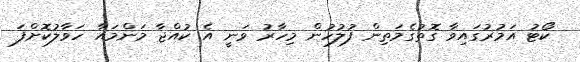
ކޯޓު އަމުރުގައިވާ ގޮތުގެމަތިން ފުލުހުން މިހާރު ވަނީ އެ ކުއްޖާ މަންމައާ ހަވާލުކޮށްފަ